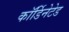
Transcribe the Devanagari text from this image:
कॉर्डिनेटेड